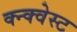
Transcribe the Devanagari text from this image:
क्न्क्वेस्ट